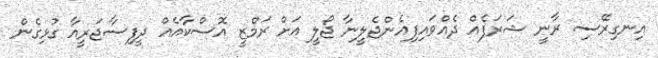
އިނގިރޭސި ރާނީ ޝަރަފެއް ދެއްވައިފިއެންޖެލީނާ ޖޯލީ އަށް ރަމްޒީ އޮސްކާއެއް ދީފިސާޖަރީއާ ގުޅިގެން